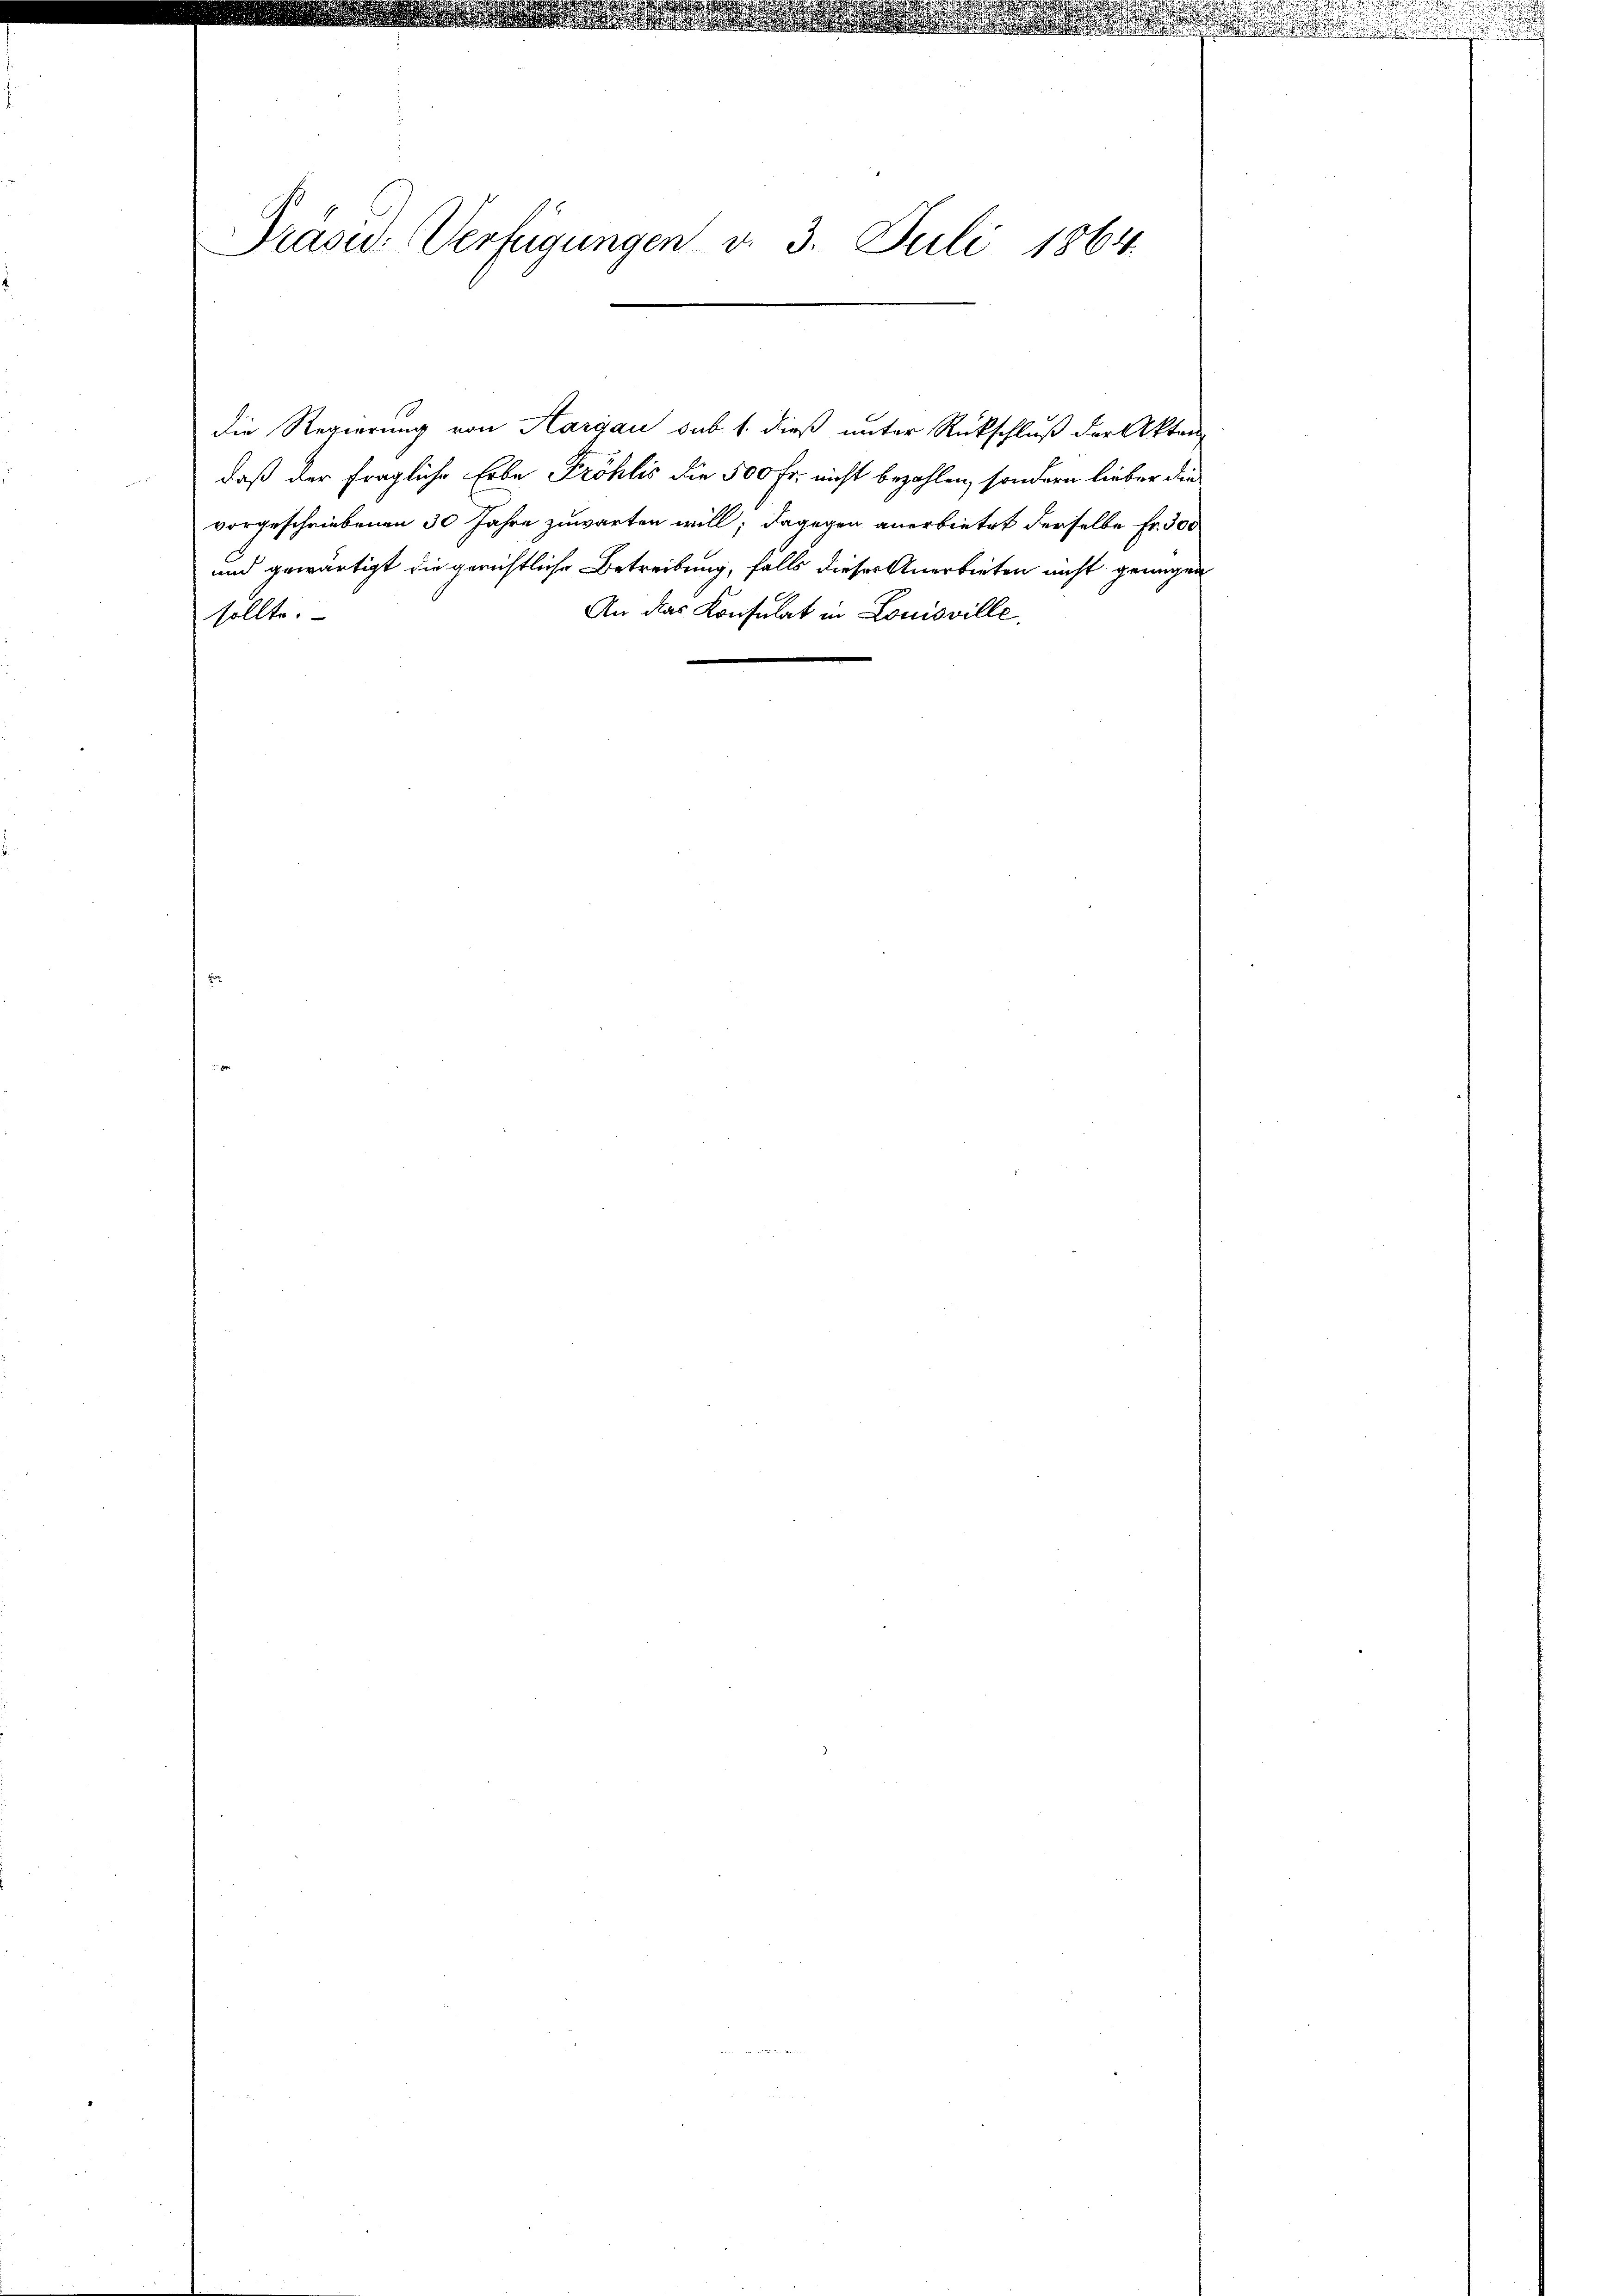
Präsid. Verfügungen v. 3. Juli 1864.

die Regierung von Aargau sub 1. dieß unter Rückschluß der Akten
daß der fragliche Erbe Fröhlis die 500 Fr. nicht bezahlen, sondern lieber die
vorgeschriebenen 30 Jahre zuwarten will; dagegen anerbietet derselbe Fr. 300
und gewärtigt die gerichtliche Betreibung, falls dieser Anerbieten nicht genügen
An das Konsulat in Louisville,
sollte.

akade